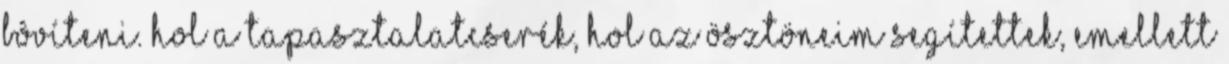
bôvíteni. Hol a tapasztalatcserék, hol az ösztöneim segítettek, emellett